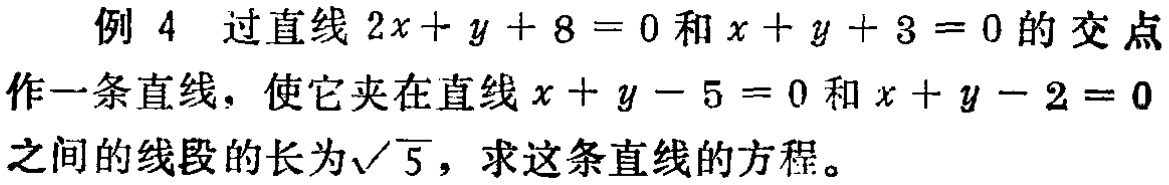
例 4 过直线 \(2x + y + 8 = 0\) 和 \(x + y + 3 = 0\) 的交点作一条直线，使它夹在直线 \(x + y - 5 = 0\) 和 \(x + y - 2 = 0\) 之间的线段的长为\(\sqrt{5}\)，求这条直线的方程。